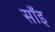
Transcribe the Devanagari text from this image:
साँइ